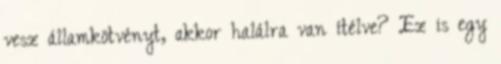
vesz államkötvényt, akkor halálra van ítélve? Ez is egy